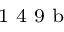
^ \textrm { \scriptsize 1 4 9 b }